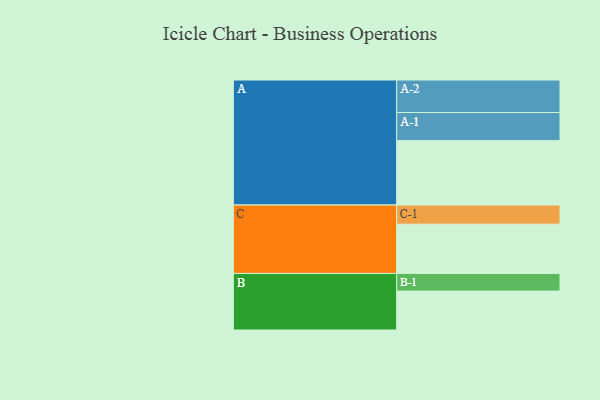
{"axis": {"x": "Segment", "y": "Value"}, "legend": ["", "A", "B", "C"], "data": [{"x": "A", "y": 584, "type": ""}, {"x": "B", "y": 353, "type": ""}, {"x": "C", "y": 447, "type": ""}, {"x": "A-1", "y": 255, "type": "A"}, {"x": "A-2", "y": 295, "type": "A"}, {"x": "B-1", "y": 160, "type": "B"}, {"x": "C-1", "y": 174, "type": "C"}]}